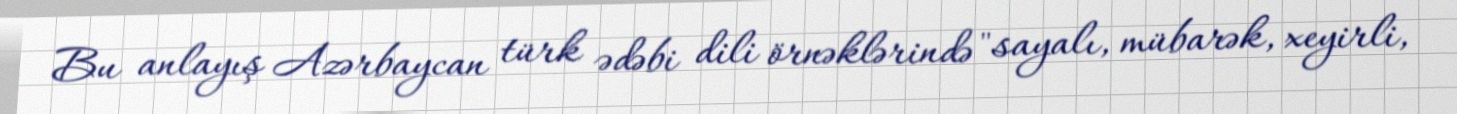
Bu anlayış Azərbaycan türk ədəbi dili örnəklərində "sayalı, mübarək, xeyirli,